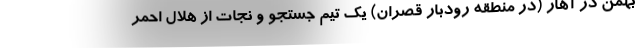
بهمن در آهار (در منطقه رودبار قصران) یک تیم جستجو و نجات از هلال احمر